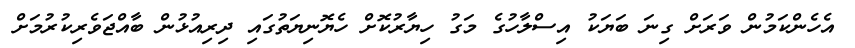
އެހެންކަމުން ވަރަށް ގިނަ ބަޔަކު އިސްލާހުގެ މަގު ހިޔާރުކޮށް ހެޔޮނިޔަތުގައި ދިރިއުޅުން ބާއްޖަވެރިކުރުމަށް